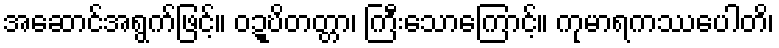
အဆောင်အရွက်ဖြင့်။ ဝဍ္ဎိတတ္တာ၊ ကြီးသောကြောင့်။ ကုမာရကဿပေါတိ၊